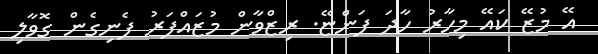
އޭ މުޒޭ ކައޭ މިހާރު ހާދަ ފަންޏޭ. ރިޒްވާން މުޒައްފަރު ފެނިގެން ގޮވާލި